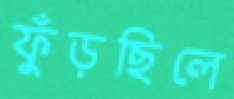
ফুঁড়ছিলে